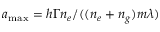
a _ { \mathrm { { m a x } } } = h \Gamma n _ { e } / ( ( n _ { e } + n _ { g } ) m \lambda )